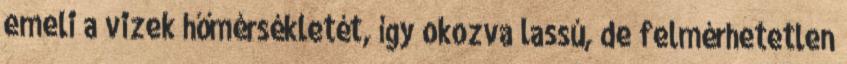
emeli a vizek hőmérsékletét, így okozva lassú, de felmérhetetlen